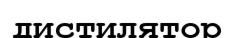
дистилятор